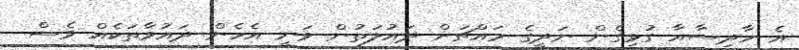
އެ ހާދިސާއާ ގުޅިގެން ނަދީގެ މައްޗަށް ދައުލަތުން ވަނީ އެހެން ދައުވާތަކެއް ވެސް